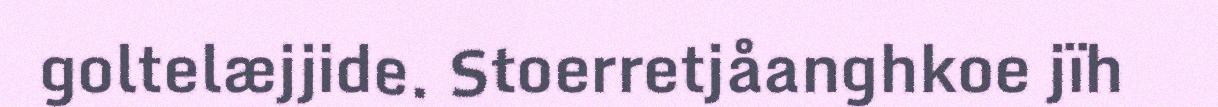
goltelæjjide. Stoerretjåanghkoe jïh